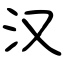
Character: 汉